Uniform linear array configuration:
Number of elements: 32
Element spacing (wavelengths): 0.75
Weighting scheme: kaiser
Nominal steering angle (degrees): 45
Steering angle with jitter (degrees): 43.206
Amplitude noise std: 0.05
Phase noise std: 0.05

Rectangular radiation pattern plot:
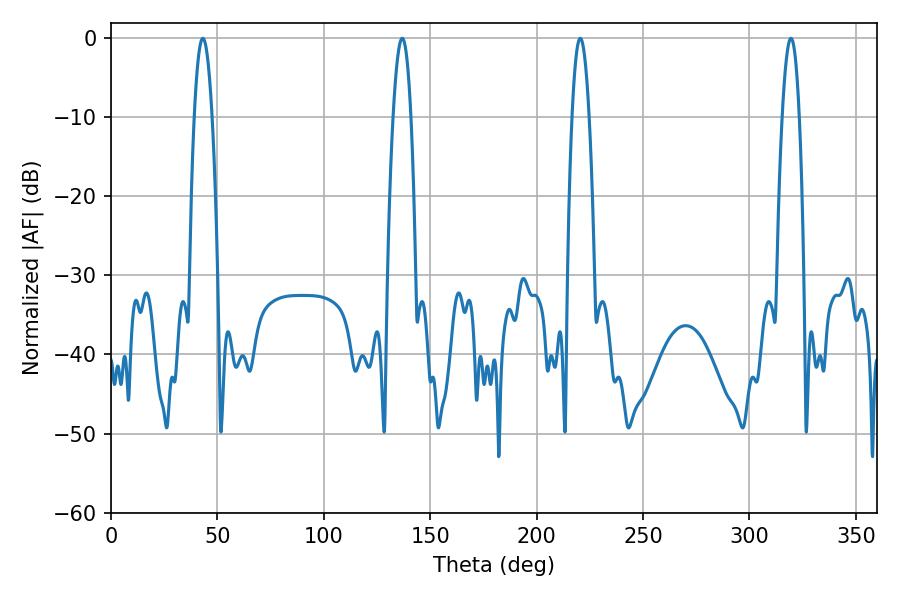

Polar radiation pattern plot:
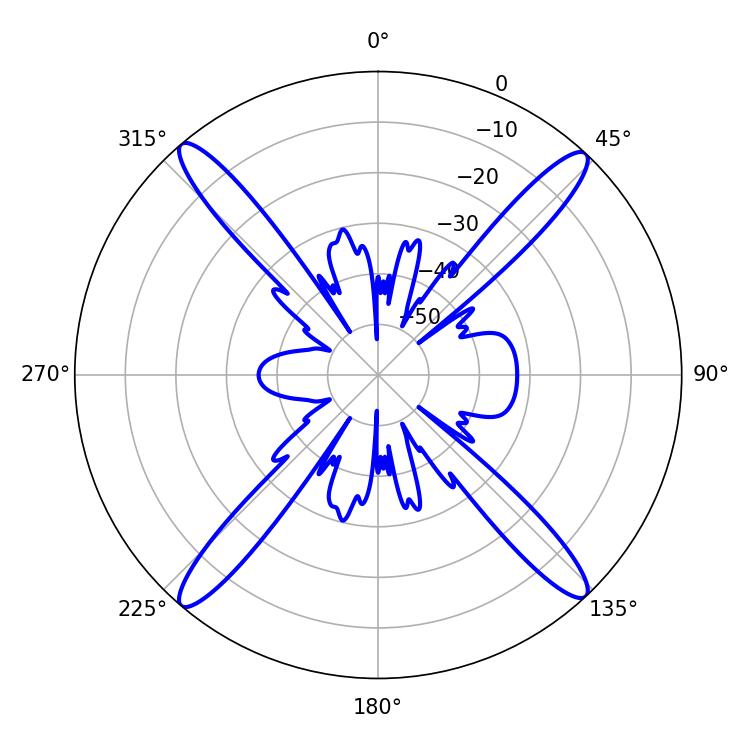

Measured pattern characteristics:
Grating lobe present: TRUE
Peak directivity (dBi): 22.662
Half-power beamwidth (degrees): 4.32
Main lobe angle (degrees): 220.5